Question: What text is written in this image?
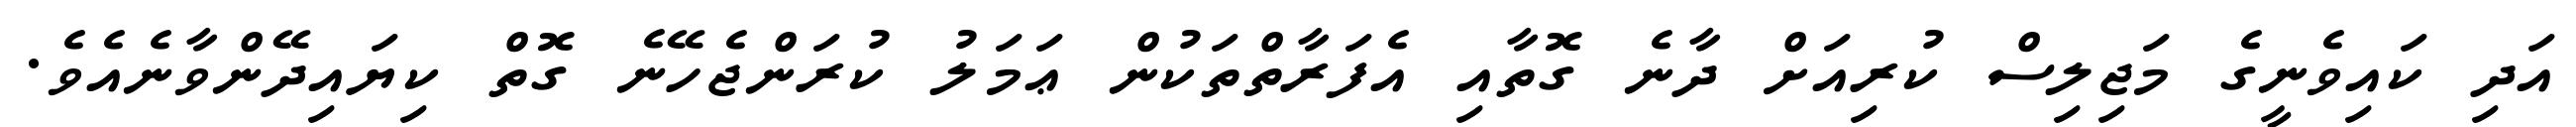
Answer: އަދި ކައިވެނީގެ މަޖިލިސް ކުރިއަށް ދާނެ ގޮތާއި އެފަރާތްތަކުން ޢަމަލު ކުރަންޖެހޭނެ ގޮތް ކިޔައިދޭންވާނެއެވެ.